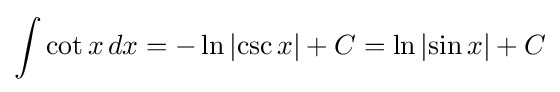
\int \cot {x}\,dx=-\ln {\left|\csc {x}\right|}+C=\ln {\left|\sin {x}\right|}+C